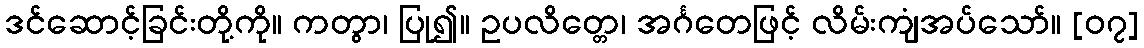
ဒင်ဆောင့်ခြင်းတို့ကို။ ကတွာ၊ ပြု၍။ ဥပလိတ္တေ၊ အင်္ဂတေဖြင့် လိမ်းကျံအပ်သော်။ [၀၇]